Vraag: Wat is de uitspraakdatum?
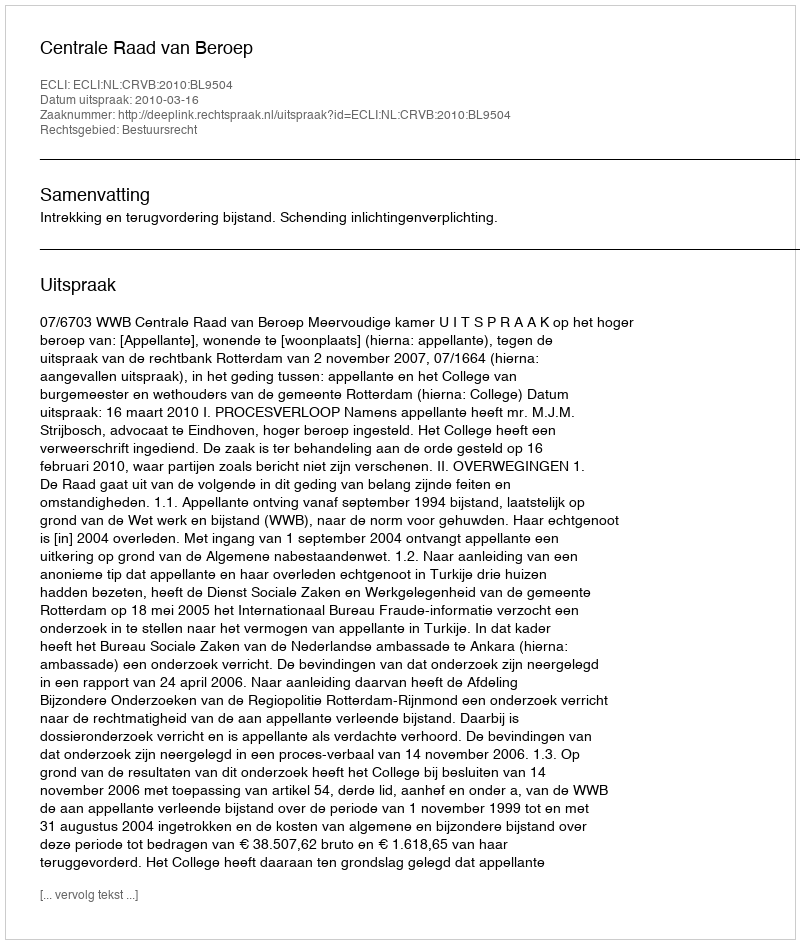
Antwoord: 2010-03-16